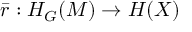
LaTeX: \bar { r } : H _ { G } ( M ) \rightarrow H ( X )